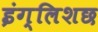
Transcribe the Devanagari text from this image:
इंग्लिशछ